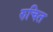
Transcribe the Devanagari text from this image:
रुचित